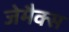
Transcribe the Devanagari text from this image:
जेमैक्स